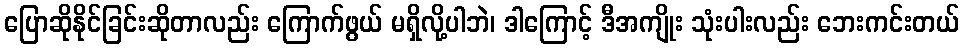
ပြောဆိုနိုင်ခြင်းဆိုတာလည်း ကြောက်ဖွယ် မရှိလို့ပါဘဲ၊ ဒါကြောင့် ဒီအကျိုး သုံးပါးလည်း ဘေးကင်းတယ်